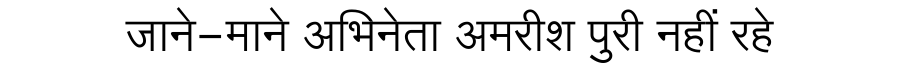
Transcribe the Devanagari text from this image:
जाने-माने अभिनेता अमरीश पुरी नहीं रहे